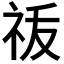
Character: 𬒲